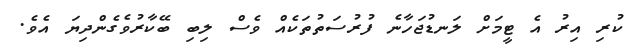
ކުރި އިރު އެ ޓީމަށް ލަނޑުޖަހާނެ ފުރުސަތުތަކެއް ވެސް ލިބި ބޭކާރުވެގެންދިޔަ އެވެ.